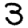
Digit: 3